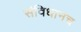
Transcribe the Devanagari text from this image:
संविधानच